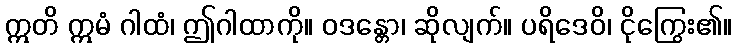
ဣတိ ဣမံ ဂါထံ၊ ဤဂါထာကို။ ဝဒန္တော၊ ဆိုလျက်။ ပရိဒေဝိ၊ ငိုကြွေး၏။